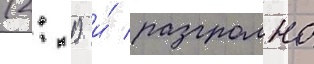
(2: 1) и́ разгромно